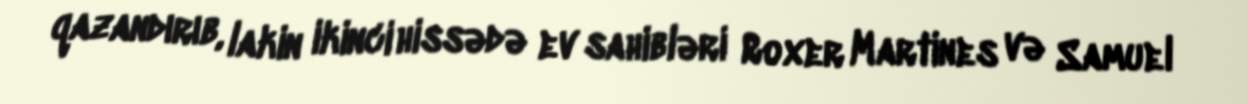
qazandırıb, lakin ikinci hissədə ev sahibləri Roxer Martines və Samuel